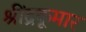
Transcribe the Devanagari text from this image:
श्रींद्रकूमार